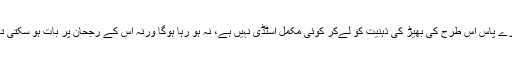
ہمارے پاس اس طرح کی بھیڑ کی ذہنیت کو لےکر کوئی مکمل اسٹڈی نہیں ہے، نہ ہو رہا ہوگا ورنہ اس کے رجحان پر بات ہو سکتی تھی۔